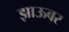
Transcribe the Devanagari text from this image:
झाऊबर